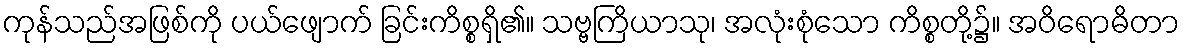
ကုန်သည်အဖြစ်ကို ပယ်ဖျောက် ခြင်းကိစ္စရှိ၏။ သဗ္ဗကြိယာသု၊ အလုံးစုံသော ကိစ္စတို့၌။ အဝိရောဓိတာ